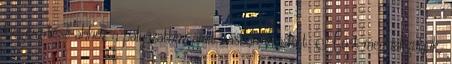
kiegészítése ahhoz a pályázathoz amit irásban beadott. Most meghallgatjuk,